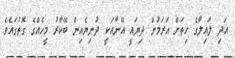
އަދި ލައިލާގެ ހިތަށް އަރަމުން ދިޔައީ އޭނާއަކީ ދުނިޔެއިން ބޭކާރު މީހެއްގެ ގޮތުގައެވެ.